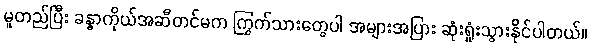
မူတည်ပြီး ခန္ဓာကိုယ်အဆီတင်မက ကြွက်သားတွေပါ အများအပြား ဆုံးရှုံးသွားနိုင်ပါတယ်။